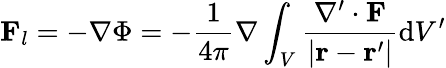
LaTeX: \mathbf{F}_{l}=-\nabla\Phi=-{\frac{1}{4\pi}}\nabla\int_{V}{\frac{\nabla^{\prime}\cdot\mathbf{F}}{\left|\mathbf{r}-\mathbf{r}^{\prime}\right|}}\mathrm{d}V^{\prime}